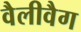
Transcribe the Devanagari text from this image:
वैलीवैग